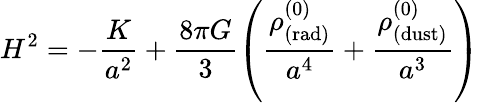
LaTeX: H^{2}=-\frac{K}{a^{2}}+\frac{8\pi G}{3}\left(\frac{\rho_{\mathrm{(rad)}}^{(0)}}{a^{4}}+\frac{\rho_{\mathrm{(dust)}}^{(0)}}{a^{3}}\right)